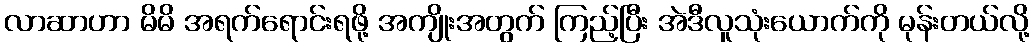
လာဆာဟာ မိမိ အရက်ရောင်းရဖို့ အကျိုးအတွက် ကြည့်ပြီး အဲဒီလူသုံးယောက်ကို မုန်းတယ်လို့